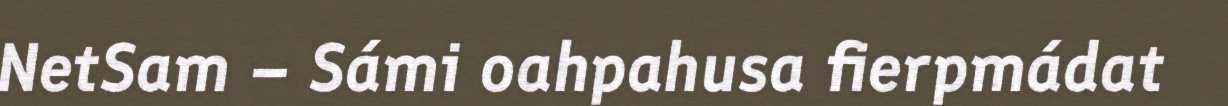
NetSam – Sámi oahpahusa fierpmádat